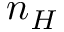
n _ { H }